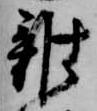
雑